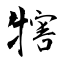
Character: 犗